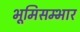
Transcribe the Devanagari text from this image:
भूमिसम्भार